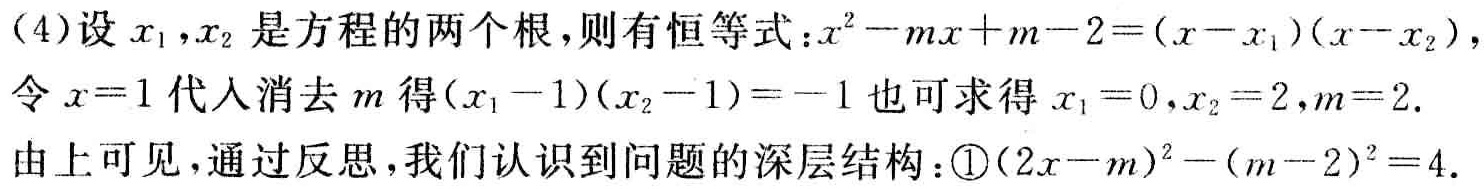
(4)设$x_1,x_2$是方程的两个根，则有恒等式：$x^{2}-mx + m - 2=(x - x_1)(x - x_2)$，

令$x = 1$代入消去$m$得$(x_1 - 1)(x_2 - 1)=-1$也可求得$x_1 = 0,x_2 = 2,m = 2$.

由上可见，通过反思，我们认识到问题的深层结构：\textcircled{1}$(2x - m)^{2}-(m - 2)^{2}=4$.